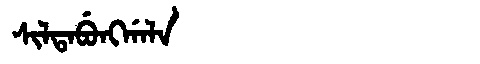
Manchu: ᠰᡳᠯᡨᠠᠪᡠᠩᡤᠠᠯᠠ
Romanization: SILTABUNGGALA